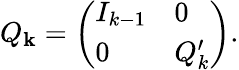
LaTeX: Q_{\mathbf{k}}={\left(\begin{array}{ll}{I_{k-1}}&{0}\\ {0}&{Q_{k}^{\prime}}\end{array}\right)}.